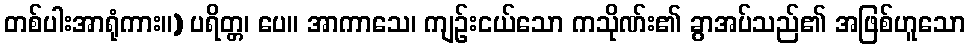
တစ်ပါးအာရုံကား။) ပရိတ္တ၊ ပေ။ အာကာသေ၊ ကျဉ်းငယ်သော ကသိုဏ်း၏ ခွာအပ်သည်၏ အဖြစ်ဟူသော